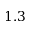
1 . 3